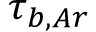
\tau _ { b , A r }